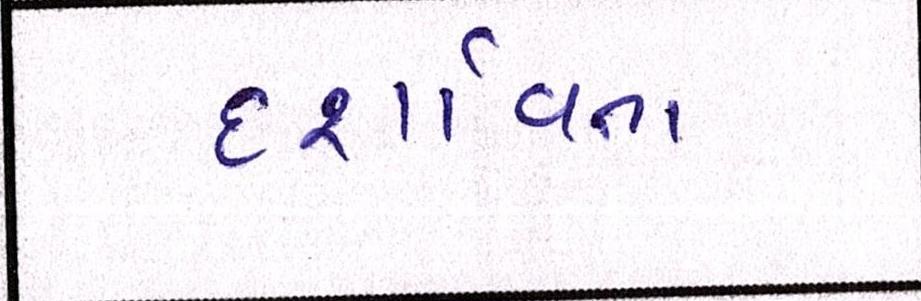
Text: દશાર્વતા